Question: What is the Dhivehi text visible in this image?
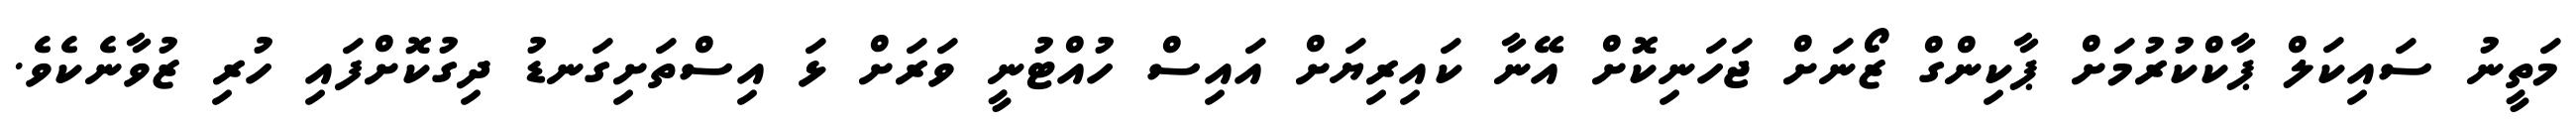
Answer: މަތީނު ސައިކަލް ޕާކްކުރުމަށް ޕާކިންގް ޒޯނަށް ޖަހަނިކޮށް އޭނާ ކައިރިޔަށް އައިސް ހުއްޓުނީ ވަރަށް ޅަ އިސްތަށިގަނޑު ދިގުކޮށްފައި ހުރި ޒުވާނެކެވެ.